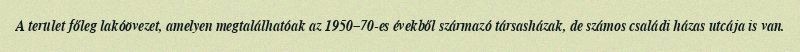
A terület főleg lakóövezet, amelyen megtalálhatóak az 1950–70-es évekből származó társasházak, de számos családi házas utcája is van.